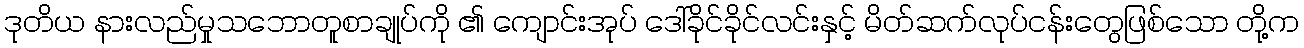
ဒုတိယ နားလည်မှုသဘောတူစာချုပ်ကို ၏ ကျောင်းအုပ် ဒေါ်ခိုင်ခိုင်လင်းနှင့် မိတ်ဆက်လုပ်ငန်းတွေဖြစ်သော တို့က